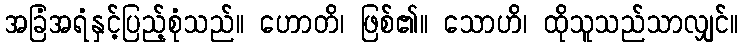
အခြံအရံနှင့်ပြည့်စုံသည်။ ဟောတိ၊ ဖြစ်၏။ သောဟိ၊ ထိုသူသည်သာလျှင်။